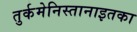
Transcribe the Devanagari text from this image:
तुर्कमेनिस्तानाइतका